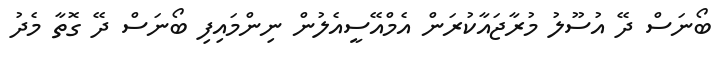
ބޯނަސް ދޭ އުސޫލު މުރާޖައާކުރަން އެމްއޭސީއެލުން ނިންމައިފި ބޯނަސް ދޭ ގޮތާ މެދު